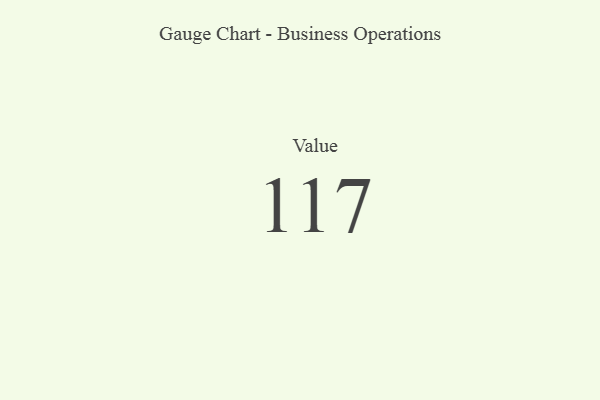
{"axis": {"x": "Metric", "y": "Value"}, "legend": [""], "data": [{"x": "Value", "y": 117, "type": ""}]}